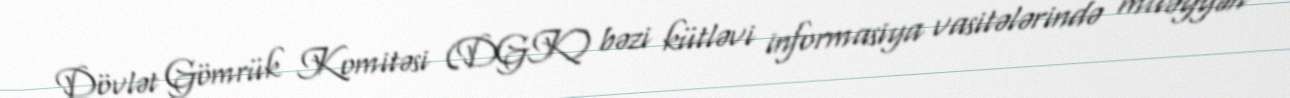
Dövlət Gömrük Komitəsi (DGK) bəzi kütləvi informasiya vasitələrində müəyyən